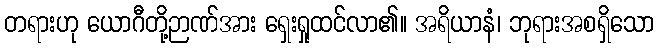
တရားဟု ယောဂီတို့ဉာဏ်အား ရှေးရှုထင်လာ၏။ အရိယာနံ၊ ဘုရားအစရှိသော